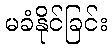
မခံနိုင်ခြင်း